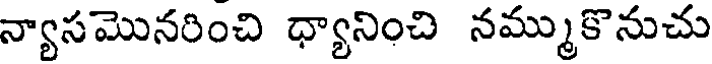
న్యాసమొనరించి ధ్యానించి నమ్ముకొనుచు